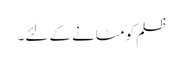
ظلم کو مٹانے کے لئے۔